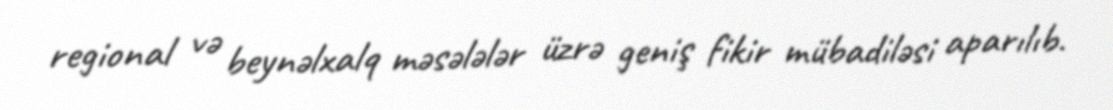
regional və beynəlxalq məsələlər üzrə geniş fikir mübadiləsi aparılıb.